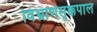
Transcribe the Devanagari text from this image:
विभ्राणसृक्कपालं